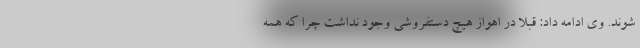
شوند. وی ادامه داد: قبلا در اهواز هیچ دستفروشی وجود نداشت چرا که همه